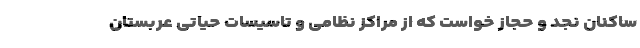
ساکنان نجد و حجاز خواست که از مراکز نظامی و تاسیسات حیاتی عربستان